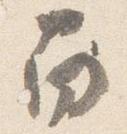
南